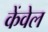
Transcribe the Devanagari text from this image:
केंवेल